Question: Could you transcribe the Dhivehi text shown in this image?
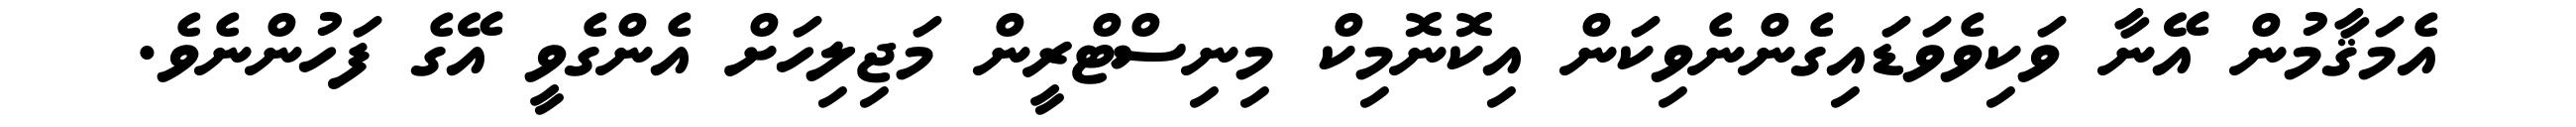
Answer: އެމަޤާމުން އޭނާ ވަކިވެވަޑައިގެންނެވިކަން އިކޮނޮމިކް މިނިސްޓްރީން މަޖިލިހަށް އެންގެވީ އޭގެ ފަހުންނެވެ.